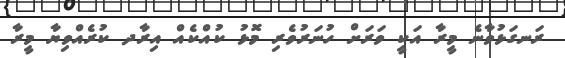
ރަނގަޅުވާނެ މީރާ އަކީ ވަރަށް ހުނަރުވެރި މޮޅު ކުއްކެއް އިރާދ ކުރެއްވިޔާ މީރާ